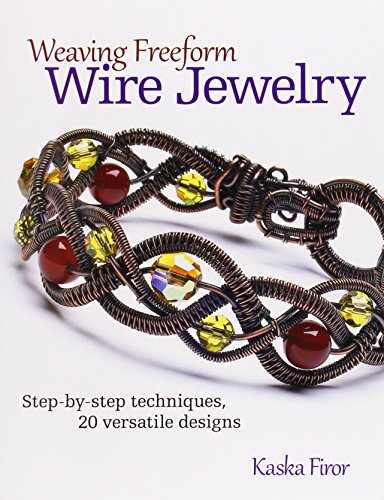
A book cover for Weaving Freeform Wire Jewelry: Step-by-Step Techniques, 20 Versatile Designs; Firor Kaska; Crafts, Hobbies & Home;